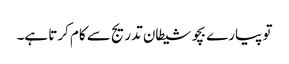
تو پیارے بچو شیطان تدریج سے کام کرتا ہے۔